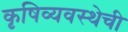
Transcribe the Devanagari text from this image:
कृषिव्यवस्थेची